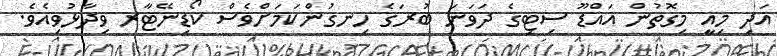
އަދި މިއީ މިގޮތުން އައްޑޫ ސިޓިގެ ދަވަނަ ބުރަގެ ހިނގުންކަމަށްވެސް ކޯޑިނޭޓާރ ވިދާޅުވިއެވެ.